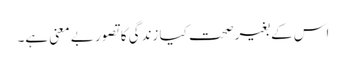
اس کے بغیرصحت کیا زندگی کا تصور بے معنی ہے۔